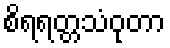
စိရရတ္တသံဝုတာ